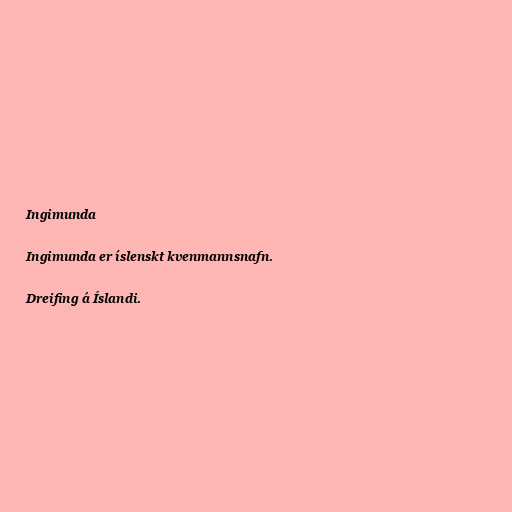
Ingimunda

Ingimunda er íslenskt kvenmannsnafn.

Dreifing á Íslandi.